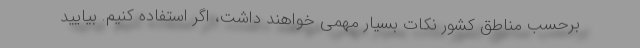
برحسب مناطق کشور نکات بسیار مهمی خواهند داشت، اگر استفاده کنیم. بیایید